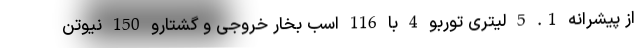
از پیشرانه 1. 5 لیتری توربو 4 با 116 اسب بخار خروجی و گشتارو 150 نیوتن